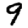
Digit: 9